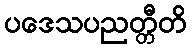
ပဒေသပညတ္တီတိ